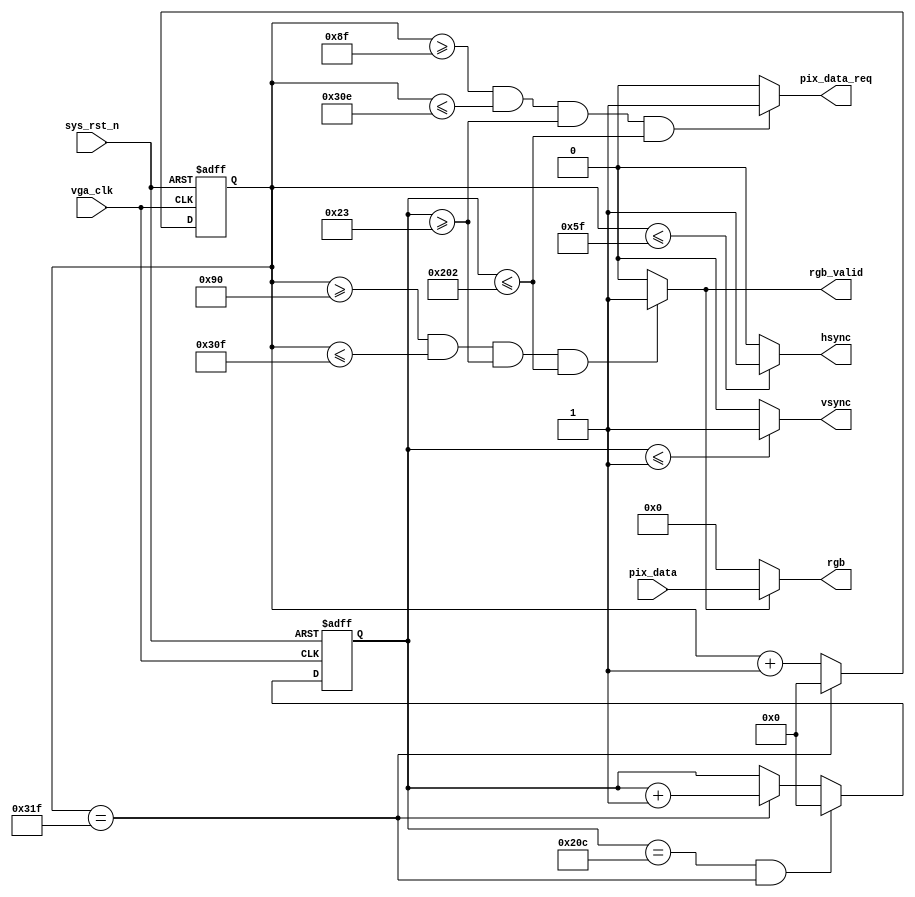
module vga_ctrl
(
	input	wire			vga_clk		,
	input	wire			sys_rst_n	,
	input	wire	[15:0]	pix_data	,
	
	output	wire	[15:0]	rgb			,
	output	wire			rgb_valid	,
	output	wire			hsync		,
	output	wire			vsync		,
	output	wire			pix_data_req					
);
reg		[9:0]	cnt_h;
reg		[9:0]	cnt_v;
//wire			pix_data_req;
//wire			rgb_valid;

always@(posedge vga_clk or negedge sys_rst_n)
	if(sys_rst_n == 1'b0)
		cnt_h <= 10'd0;
	else if(cnt_h == 10'd799)
		cnt_h <= 10'd0;
	else
		cnt_h <= cnt_h + 1'b1;
		

always@(posedge vga_clk or negedge sys_rst_n)
	if(sys_rst_n == 1'b0)
		cnt_v <= 10'd0;
	else if((cnt_v==10'd524)&&(cnt_h==10'd799))
		cnt_v <= 10'd0;
	else if(cnt_h == 10'd799)
		cnt_v <= cnt_v + 1'b1;
	else
		cnt_v <= cnt_v;

assign rgb_valid = ((cnt_h>=10'd144)&&(cnt_h<=10'd783)&&(cnt_v>=10'd35)&&(cnt_v<=10'd514))?1'b1:1'b0;

assign pix_data_req = ((cnt_h>=10'd143)&&(cnt_h<=10'd782)&&(cnt_v>=10'd35)&&(cnt_v<=10'd514))?1'b1:1'b0;

assign pix_x = (pix_data_req==1'b1)?(cnt_h-10'd143):10'h3ff;

assign pix_y = (pix_data_req==1'b1)?(cnt_v-10'd35):10'h3ff;

assign hsync = (cnt_h<=10'd95)?1'b1:1'b0;

assign vsync = (cnt_v<=10'd1)?1'b1:1'b0;

assign rgb = (rgb_valid==1'b1)?pix_data:16'h0000;



endmodule